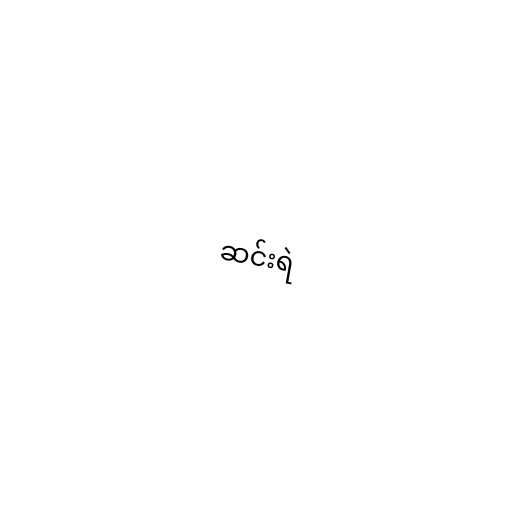
ဆင်းရဲ